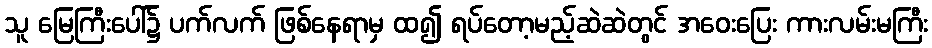
သူ မြေကြီးပေါ်၌ ပက်လက် ဖြစ်နေရာမှ ထ၍ ရပ်တော့မည့်ဆဲဆဲတွင် အဝေးပြေး ကားလမ်းမကြီး